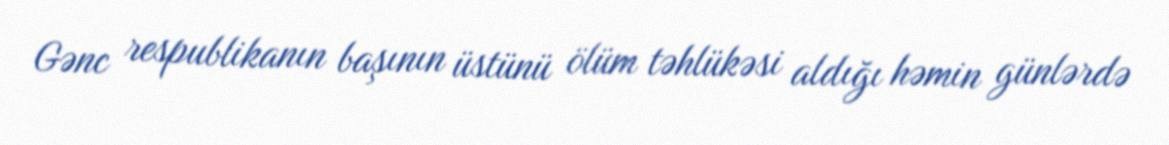
Gənc respublikanın başının üstünü ölüm təhlükəsi aldığı həmin günlərdə